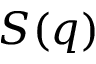
S ( q )